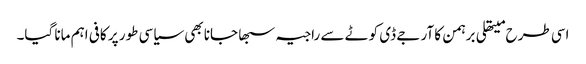
اسی طرح میتھلی برہمن کا آر جے ڈی کوٹے سے راجیہ سبھا جانا بھی سیاسی طور پر کافی اہم مانا گیا۔